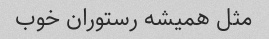
مثل همیشه رستوران خوب